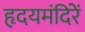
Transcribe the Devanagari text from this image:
हृदयमंदिरें